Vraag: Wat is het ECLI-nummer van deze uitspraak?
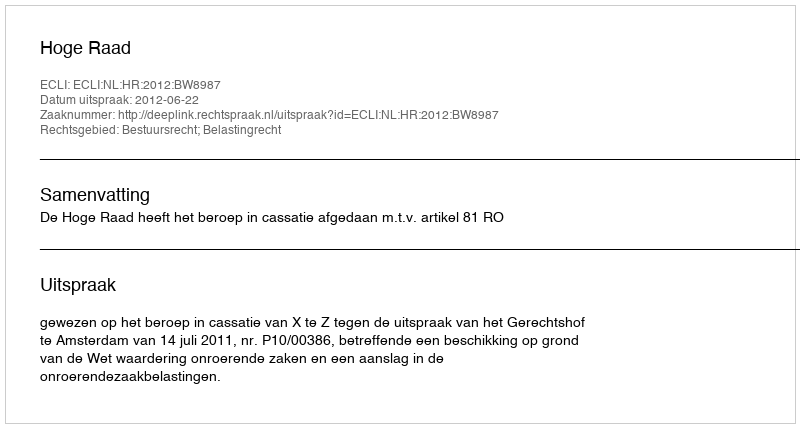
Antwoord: ECLI:NL:HR:2012:BW8987